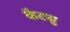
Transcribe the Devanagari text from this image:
कैटसु